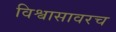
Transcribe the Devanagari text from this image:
विश्वासावरच